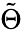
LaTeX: \tilde{\Theta}